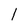
Character: 1